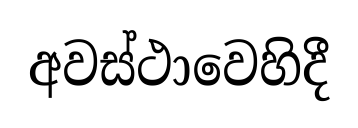
අවස්ථාවෙහිදී